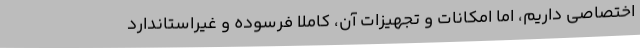
اختصاصی داریم، اما امکانات و تجهیزات آن، کاملا فرسوده و غیراستاندارد